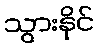
သွားနိုင်